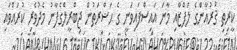
ކީރިތި ޤުރުއާންގެ ލަފްޒާއި މާނަ އައިސްފައިވަނީ ގެ ޙަޟްރަތުން ޖިބްރީލްގެފާނު މެދުވެރި ކުރައްވައި